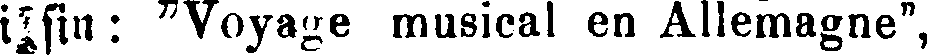
i#fin : "Voyage musical en Allemagne",